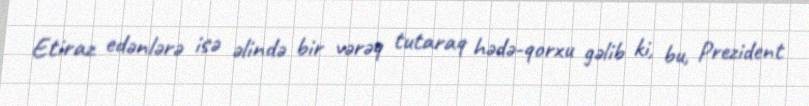
Etiraz edənlərə isə əlində bir vərəq tutaraq hədə-qorxu gəlib ki, bu, Prezident